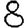
Digit: 8